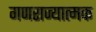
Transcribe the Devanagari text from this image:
गणराज्‍यात्‍मक